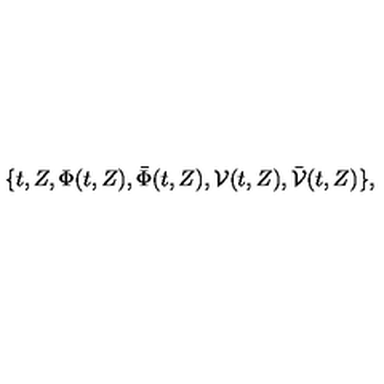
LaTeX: \{ t , Z , \Phi ( t , Z ) , \bar { \Phi } ( t , Z ) , { \cal V } ( t , Z ) , \bar { { \cal V } } ( t , Z ) \} ,